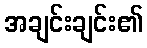
အချင်းချင်း၏